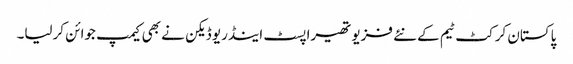
پاکستان کرکٹ ٹیم کے نئے فزیو تھیراپسٹ اینڈریو ڈیکن نے بھی کیمپ جوائن کرلیا۔